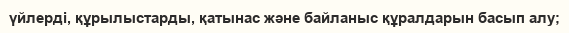
үйлерді, құрылыстарды, қатынас және байланыс құралдарын басып алу;